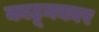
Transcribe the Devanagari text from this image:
काटूनकार